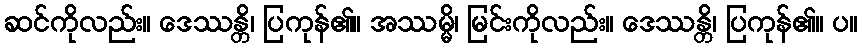
ဆင်ကိုလည်း။ ဒေဿန္တိ၊ ပြကုန်၏။ အဿမ္မိ၊ မြင်းကိုလည်း။ ဒေဿန္တိ၊ ပြကုန်၏။ ပ။